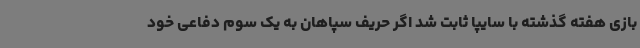
بازی هفته گذشته با سایپا ثابت شد اگر حریف سپاهان به یک سوم دفاعی خود